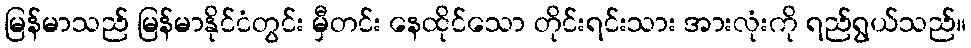
မြန်မာသည် မြန်မာနိုင်ငံတွင်း မှီတင်း နေထိုင်သော တိုင်းရင်းသား အားလုံးကို ရည်ရွယ်သည်။